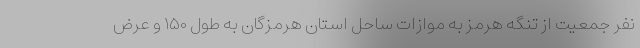
نفر جمعیت از تنگه هرمز به موازات ساحل استان هرمزگان به طول ۱۵۰ و عرض